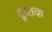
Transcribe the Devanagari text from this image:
दूरतक